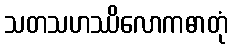
သတသဟဿိလောကဓာတုံ